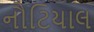
નૌટિયાલ